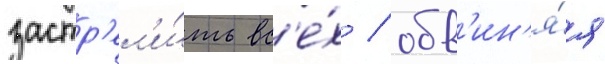
застр'ел'и́ть вс'е́х / обв'ин'я́я